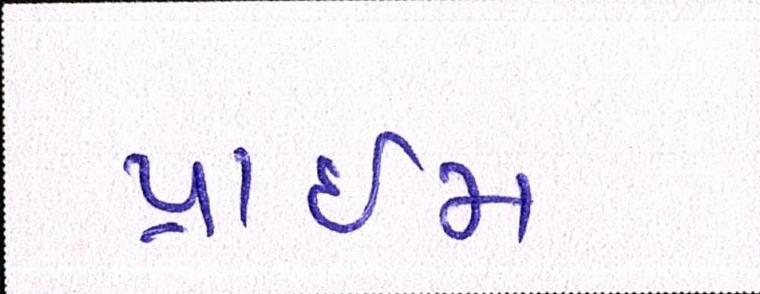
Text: પ્રાઇમ